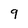
Character: 9